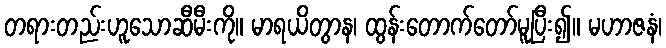
တရားတည်းဟူသောဆီမီးကို။ မာရယိတွာန၊ ထွန်းတောက်တော်မူပြီး၍။ မဟာဇနံ၊